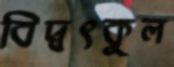
বিদ্বৎকুল